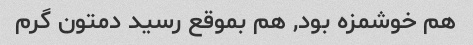
هم خوشمزه بود, هم بموقع رسید دمتون گرم